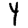
Digit: 4